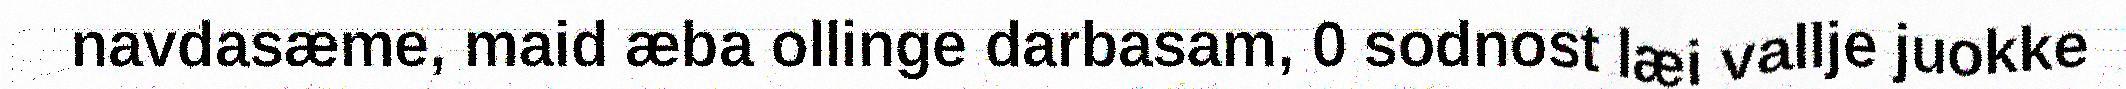
navdasæme, maid æba ollinge darbasam, 0 sodnost læi vallje juokke